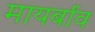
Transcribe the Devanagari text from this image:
मायर्बाव